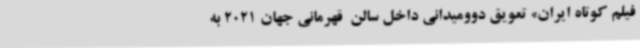
فیلم کوتاه ایران» تعویق دوومیدانی داخل سالن  قهرمانی جهان 2021 به